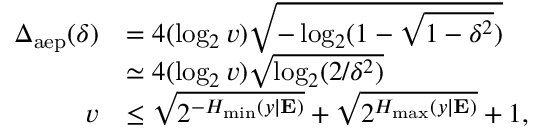
\begin{array} { r l } { \Delta _ { \mathrm { a e p } } ( \delta ) } & { = 4 ( \log _ { 2 } v ) \sqrt { - \log _ { 2 } ( 1 - \sqrt { 1 - \delta ^ { 2 } } ) } } \\ & { \simeq 4 ( \log _ { 2 } v ) \sqrt { \log _ { 2 } ( 2 / \delta ^ { 2 } ) } } \\ { v } & { \leq \sqrt { 2 ^ { - H _ { \operatorname* { m i n } } ( y | \mathbf { E } ) } } + \sqrt { 2 ^ { H _ { \operatorname* { m a x } } ( y | \mathbf { E } ) } } + 1 , } \end{array}